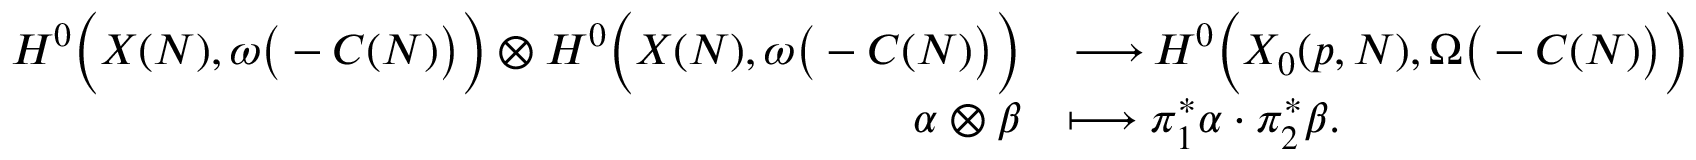
\begin{array} { r l } { H ^ { 0 } \Big ( X ( N ) , \omega \big ( - C ( N ) \big ) \Big ) \otimes H ^ { 0 } \Big ( X ( N ) , \omega \big ( - C ( N ) \big ) \Big ) } & { { \, \longrightarrow \, } H ^ { 0 } \Big ( X _ { 0 } ( p , N ) , \Omega \big ( - C ( N ) \big ) \Big ) } \\ { \alpha \otimes \beta } & { \longmapsto \pi _ { 1 } ^ { * } \alpha \cdot \pi _ { 2 } ^ { * } \beta . } \end{array}